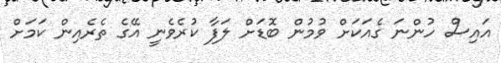
އައިސް ހުންނަ ގެއަކަށް ވުމުން ބޮޑަށް ލަފާ ކުރެވެނީ އޭގެ ތެރެއިން ކަމަށް